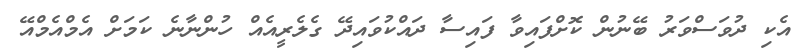
އެކި ދުވަސްވަރު ބޭނުން ކޮށްފައިވާ ފައިސާ ދައްކުވައިދޭ ގެލެރީއެއް ހުންނާނެ ކަމަށް އެމްއެމްއޭ